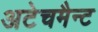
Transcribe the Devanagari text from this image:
अटेचमैन्ट